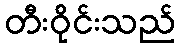
တီးဝိုင်းသည်